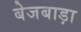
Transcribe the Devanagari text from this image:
बेजबाड़ा